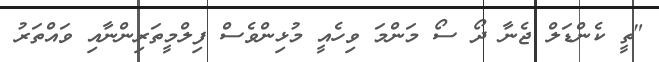
"ތީ ކެންޑަލް ޖެނާ ދޯ ސޯ މަންމަ ވިހެއީ މުޅިންވެސް ފިލްމީތަރިންނާއި ވައްތަރު